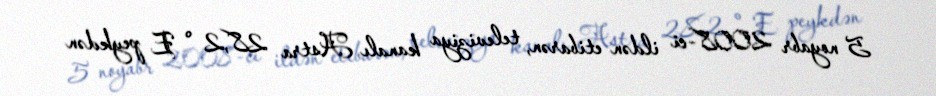
5 noyabr 2008-ci ildən etibarən, televiziya kanalı Astra 28,2 ° E peykdən